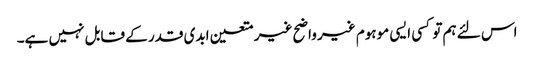
اس لئے ہم تو کسی ایسی موہوم غیر واضح غیر متعین ابدی قدر کے قابل نہیں ہے۔